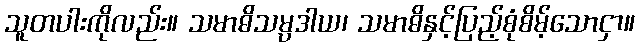
သူတပါးကိုလည်း။ သမာဓိသမ္ပဒါယ၊ သမာဓိနှင့်ပြည့်စုံစိမ့်သောငှာ။